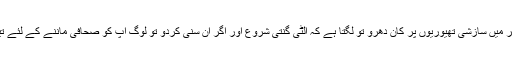
اس سازشی شہر میں سازشی تھیوریوں پر کان دھرو تو لگتا ہے کہ الٹی گنتی شروع اور اگر ان سنی کردو تو لوگ آپ کو صحافی ماننے کے لئے تیار نہیں ہوتے۔